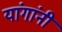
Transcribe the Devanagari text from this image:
यांगांनी